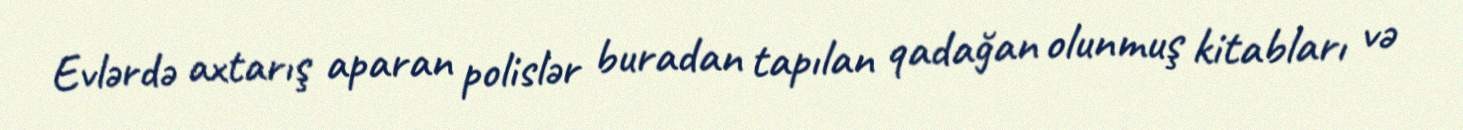
Evlərdə axtarış aparan polislər buradan tapılan qadağan olunmuş kitabları və